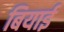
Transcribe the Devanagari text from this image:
बियाई